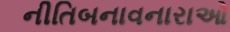
નીતિબનાવનારાઓ